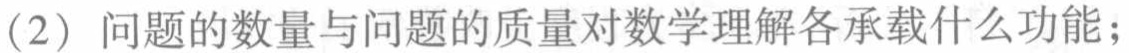
(2) 问题的数量与问题的质量对数学理解各承载什么功能；